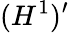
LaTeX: (H^{1})^{\prime}